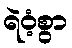
ရဲဝံ့စွာ